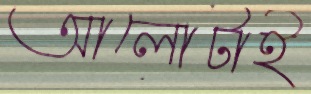
আলোটাই